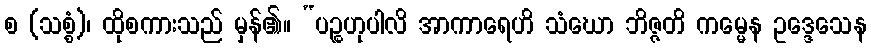
စ (သစ္စံ)၊ ထိုစကားသည် မှန်၏။ “ပဉ္စဟုပါလိ အာကာရေဟိ သံဃော ဘိဇ္ဇတိ ကမ္မေန ဥဒ္ဒေသေန